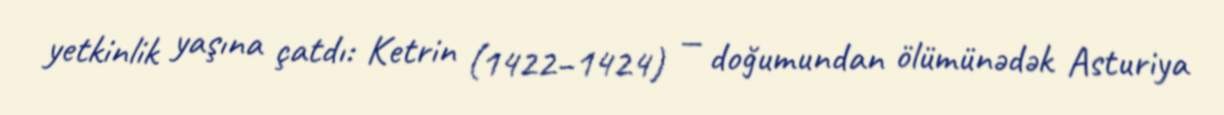
yetkinlik yaşına çatdı: Ketrin (1422–1424) — doğumundan ölümünədək Asturiya